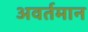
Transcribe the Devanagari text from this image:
अवर्तमान